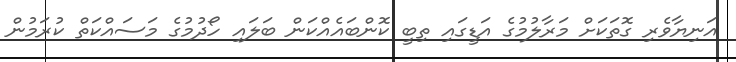
އަނިޔާވެރި ގޮތަކަށް މަރާލުމުގެ އަޑީގައި ތިބީ ކޮންބައެއްކަން ބަލައި ހޯދުމުގެ މަސައްކަތް ކުރަމުން